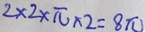
2 \times 2 \times \pi \times 2 = 8 \pi